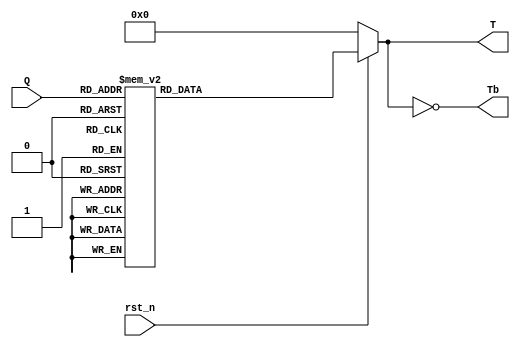
module Decoder4to16 (
    input rst_n,
    input [3:0] Q,
    output reg [15:0] T,
    output  [15:0] Tb
);
    always @(*) begin
        if (!rst_n ) begin
            T = 16'b0000000000000000;
        end
        else begin
            case (Q[3:0])
                4'd0: T = 16'b0000000000000001;
                4'd1: T = 16'b0000000000000010;
                4'd2: T = 16'b0000000000000100;
                4'd3: T = 16'b0000000000001000;
                4'd4: T = 16'b0000000000010000;
                4'd5: T = 16'b0000000000100000;
                4'd6: T = 16'b0000000001000000;
                4'd7: T = 16'b0000000010000000;
                4'd8: T = 16'b0000000100000000;
                4'd9: T = 16'b0000001000000000;
                4'd10: T = 16'b0000010000000000;
                4'd11: T = 16'b0000100000000000;
                4'd12: T = 16'b0001000000000000;
                4'd13: T = 16'b0010000000000000;
                4'd14: T = 16'b0100000000000000;
                4'd15: T = 16'b1000000000000000;
                default : T = 16'b0000000000000001;
            endcase
        end 
    end

    assign Tb = ~T;

endmodule